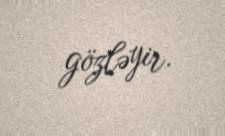
gözləyir.